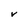
Character: V